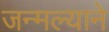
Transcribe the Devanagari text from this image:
जन्मल्याने